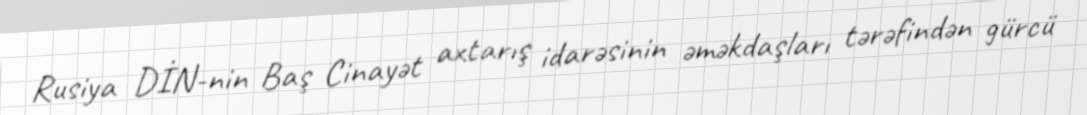
Rusiya DİN-nin Baş Cinayət axtarış idarəsinin əməkdaşları tərəfindən gürcü